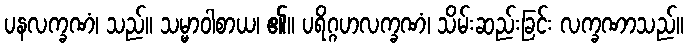
ပနလက္ခဏံ၊ သည်။ သမ္မာဝါစာယ၊ ၏။ ပရိဂ္ဂဟလက္ခဏံ၊ သိမ်းဆည်းခြင်း လက္ခဏာသည်။